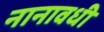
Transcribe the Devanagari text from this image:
नानावधी